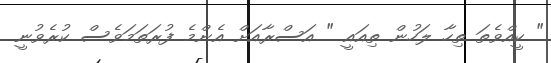
" ކީއްވެތަ ތިހާ ލަހުން ތިއައީ " އަސްރާއަށް އެންމެ ފުރަތަމަވެސް ކުރެވުނީ